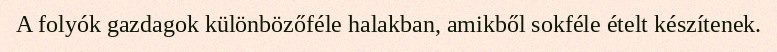
A folyók gazdagok különbözőféle halakban, amikből sokféle ételt készítenek.